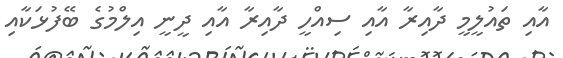
އާއި ތައުލީމީ ދާއިރާ އާއި ސިއްހީ ދާއިރާ އާއި ދީނީ އިލްމުގެ ބޭފުޅަކާއި